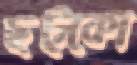
ছট্‌কো